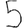
Digit: 5